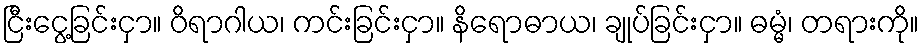
ငြီးငွေ့ခြင်းငှာ။ ဝိရာဂါယ၊ ကင်းခြင်းငှာ။ နိရောဓာယ၊ ချုပ်ခြင်းငှာ။ ဓမ္မံ၊ တရားကို။